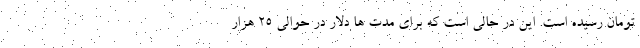
تومان رسیده است. این در حالی است که برای مدت ها دلار در حوالی 25 هزار